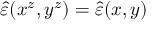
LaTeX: \hat { \varepsilon } ( x ^ { z } , y ^ { z } ) = \hat { \varepsilon } ( x , y )